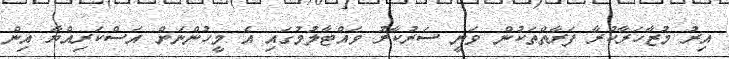
އިރު މުޒާހަރާކުރާ ފަރާތްތަކުން ވަނީ ސަރުކާރު ވައްޓާލުމުގައި އެ މީހުންނަށް އަސްކަރިއްޔާ އިން